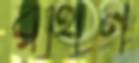
রথিন